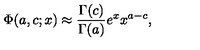
\Phi ( a , c ; x ) \approx { \frac { { \Gamma ( c ) } } { \Gamma ( a ) } } e ^ { x } x ^ { a - c } ,